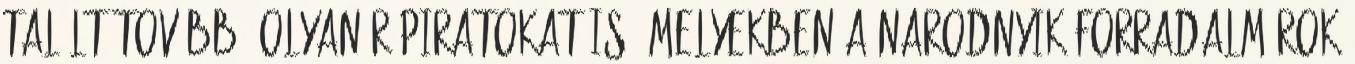
Talált továbbá olyan röpiratokat is, melyekben a narodnyik forradalmárok